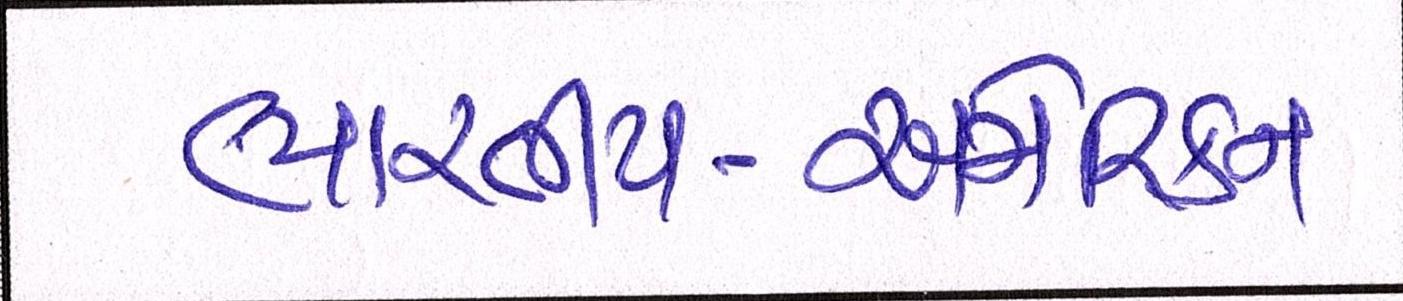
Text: ભારતીય-અમેરિકન